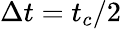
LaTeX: \Delta t=t_{c}/2